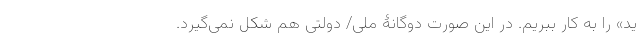
ید» را به کار ببریم. در این صورت دوگانۀ ملی/ دولتی هم شکل نمی‌گیرد.